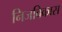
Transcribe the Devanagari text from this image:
निजविकास